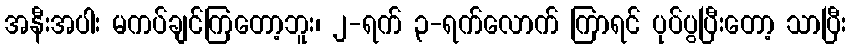
အနီးအပါး မကပ်ချင်ကြတော့ဘူး၊ ၂-ရက် ၃-ရက်လောက် ကြာရင် ပုပ်ပွပြီးတော့ သာပြီး